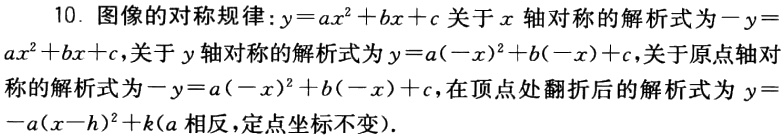
10. 图像的对称规律：\(y = ax^{2}+bx + c\)关于\(x\)轴对称的解析式为\(-y = ax^{2}+bx + c\)，关于\(y\)轴对称的解析式为\(y = a(-x)^{2}+b(-x)+c\)，关于原点轴对称的解析式为\(-y = a(-x)^{2}+b(-x)+c\)，在顶点处翻折后的解析式为\(y = -a(x - h)^{2}+k\)（\(a\)相反，定点坐标不变）.